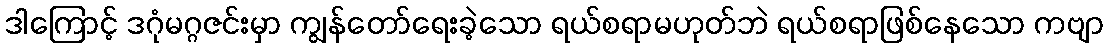
ဒါကြောင့် ဒဂုံမဂ္ဂဇင်းမှာ ကျွန်တော်ရေးခဲ့သော ရယ်စရာမဟုတ်ဘဲ ရယ်စရာဖြစ်နေသော ကဗျာ